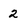
Character: 2